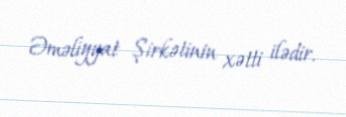
Əməliyyat Şirkətinin xətti ilədir.